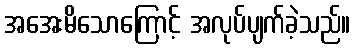
အအေးမိသောကြောင့် အလုပ်ပျက်ခဲ့သည်။